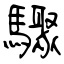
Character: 驟